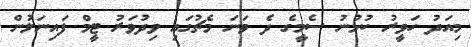
މިއަދު ހަވީރު ކުޅުނު ސެމީގެ ދެ ވަނަ މެޗުގައި ވިދުވަރު ޓީމް ފައިނަލުން